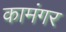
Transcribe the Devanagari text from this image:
कामंगर